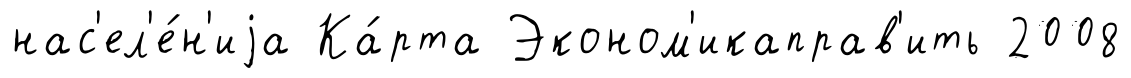
нас'ел'е́н'иjа Ка́рта Эконом'икаправ'ить 2008